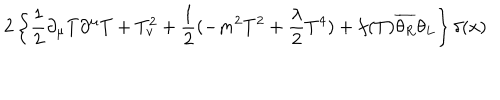
2 \left\{ \frac { 1 } { 2 } \partial _ { \mu } T \partial ^ { \mu } T + T _ { v } ^ { 2 } + \frac { 1 } { 2 } ( - m ^ { 2 } T ^ { 2 } + \frac { \lambda } { 2 } T ^ { 4 } ) + f ( T ) \overline { { { \theta _ { R } } } } \theta _ { L } \right\} \delta ( x )